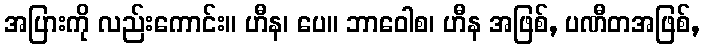
အပြားကို လည်းကောင်း။ ဟီန၊ ပေ။ ဘာဝေါစ၊ ဟီန အဖြစ်, ပဏီတအဖြစ်,